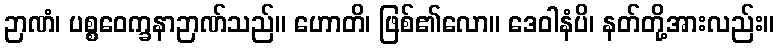
ဉာဏံ၊ ပစ္စဝေက္ခနာဉာဏ်သည်။ ဟောတိ၊ ဖြစ်၏လော။ ဒေဝါနံပိ၊ နတ်တို့အားလည်း။